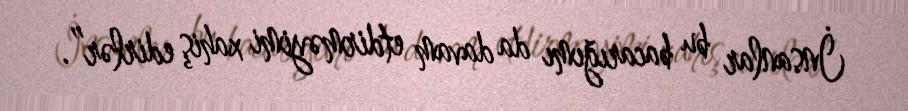
İnsanlar bu bacarığımı da davam etdirməyimi xahiş edirlər”.